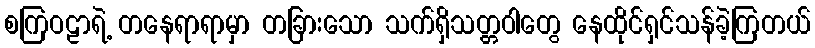
စကြဝဠာရဲ့ တနေရာရာမှာ တခြားသော သက်ရှိသတ္တဝါတွေ နေထိုင်ရှင်သန်ခဲ့ကြတယ်